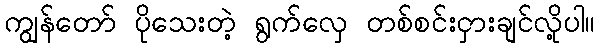
ကျွန်တော် ပိုသေးတဲ့ ရွက်လှေ တစ်စင်းငှားချင်လို့ပါ။